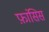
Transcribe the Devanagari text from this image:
फ़ांसिस